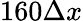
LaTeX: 160\Delta x